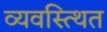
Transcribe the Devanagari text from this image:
व्यवस्त्थित